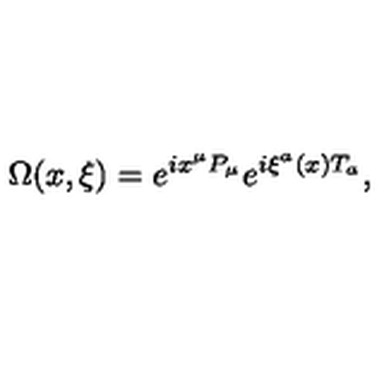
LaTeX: \Omega ( x , \xi ) = e ^ { i x ^ { \mu } P _ { \mu } } e ^ { i \xi ^ { a } ( x ) T _ { a } } ,